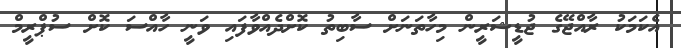
އެކަމަކު ރާއްޖޭގެ ޖުޑީޝަރީން މިހާތަނަށް ސާބިތު ކޮށްދެއްވާފައި ވަނީ ހާއްސަ ކޮށް ސުޕްރީމް